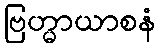
ဗြဟ္မာယာစနံ